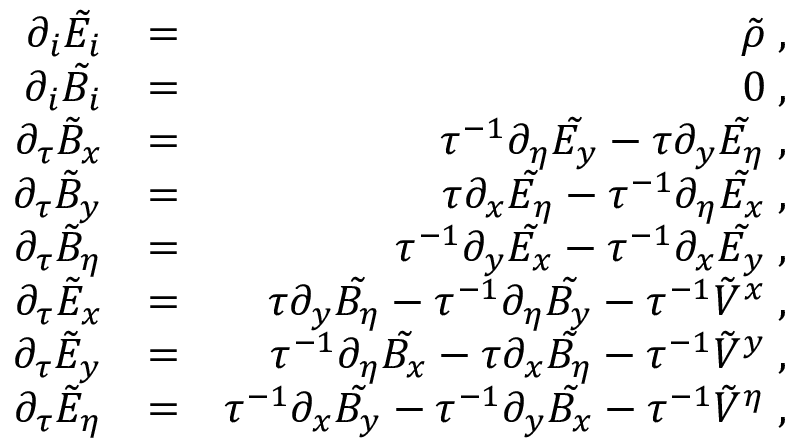
\begin{array} { r l r } { \partial _ { i } \tilde { E _ { i } } } & { = } & { \tilde { \rho } \; , } \\ { \partial _ { i } \tilde { B _ { i } } } & { = } & { 0 \; , } \\ { \partial _ { \tau } \tilde { B } _ { x } } & { = } & { \tau ^ { - 1 } \partial _ { \eta } \tilde { E _ { y } } - \tau \partial _ { y } \tilde { E _ { \eta } } \; , } \\ { \partial _ { \tau } \tilde { B } _ { y } } & { = } & { \tau \partial _ { x } \tilde { E _ { \eta } } - \tau ^ { - 1 } \partial _ { \eta } \tilde { E _ { x } } \; , } \\ { \partial _ { \tau } \tilde { B } _ { \eta } } & { = } & { \tau ^ { - 1 } \partial _ { y } \tilde { E _ { x } } - \tau ^ { - 1 } \partial _ { x } \tilde { E _ { y } } \; , } \\ { \partial _ { \tau } \tilde { E } _ { x } } & { = } & { \tau \partial _ { y } \tilde { B _ { \eta } } - \tau ^ { - 1 } \partial _ { \eta } \tilde { B _ { y } } - \tau ^ { - 1 } \tilde { V } ^ { x } \; , } \\ { \partial _ { \tau } \tilde { E } _ { y } } & { = } & { \tau ^ { - 1 } \partial _ { \eta } \tilde { B _ { x } } - \tau \partial _ { x } \tilde { B _ { \eta } } - \tau ^ { - 1 } \tilde { V } ^ { y } \; , } \\ { \partial _ { \tau } \tilde { E } _ { \eta } } & { = } & { \tau ^ { - 1 } \partial _ { x } \tilde { B _ { y } } - \tau ^ { - 1 } \partial _ { y } \tilde { B _ { x } } - \tau ^ { - 1 } \tilde { V } ^ { \eta } \; , } \end{array}